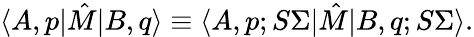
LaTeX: \langle A,p|\hat{M}|B,q\rangle\equiv\langle A,p;S\Sigma|\hat{M}|B,q;S\Sigma\rangle.